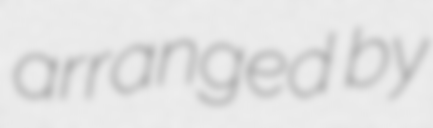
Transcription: arranged by